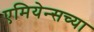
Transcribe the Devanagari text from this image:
एमियेन्सच्या